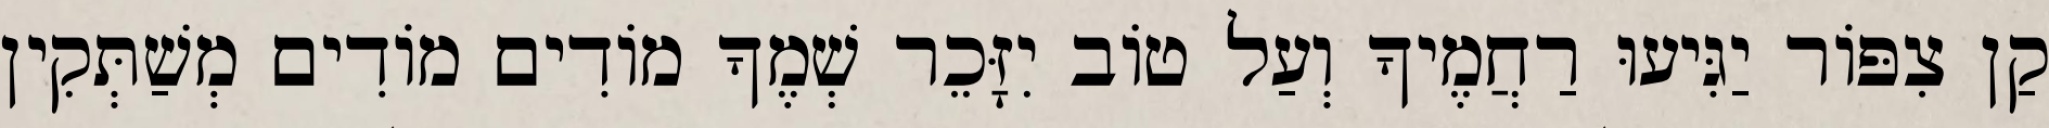
קַן צִפּוֹר יַגִּיעוּ רַחֲמֶיךָ וְעַל טוֹב יִזָּכֵר שְׁמֶךָ מוֹדִים מוֹדִים מְשַׁתְּקִין